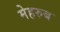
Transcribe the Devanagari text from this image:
मेहरुब